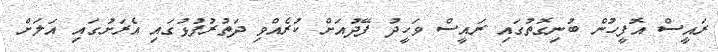
ރައީސް އޮފީހުން ބުނިގޮތުގައި ރައީސް ވަހީދު ފޭދުއަށް ކުރެއްވި ދަތުރުފުޅުގައި އެރަށުގައި އަލަށް